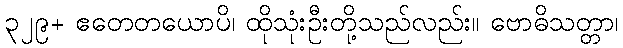
၃၂၉+ ဧတေတယောပိ၊ ထိုသုံးဦးတို့သည်လည်း။ ဗောဓိသတ္တာ၊